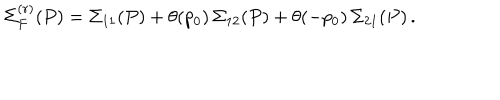
LaTeX: \Sigma _ { F } ^ { ( r ) } ( P ) = \Sigma _ { 1 1 } ( P ) + \theta ( p _ { 0 } ) \, \Sigma _ { 1 2 } ( P ) + \theta ( - p _ { 0 } ) \, \Sigma _ { 2 1 } ( P ) \, .